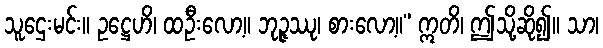
သူဌေးမင်း။ ဥဋ္ဌေဟိ၊ ထဦးလော့။ ဘုဉ္ဇဿု၊ စားလော့။” ဣတိ၊ ဤသို့ဆို၍။ သာ၊